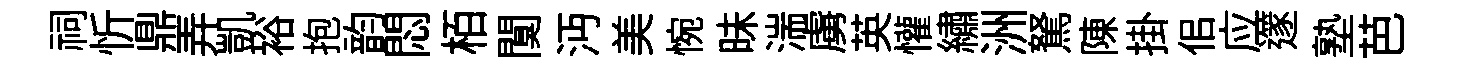
祠忻鼎弄凱裕抱韵悶栢闃沔美惋昧湍虜英懽繡洲駑陳掛佀应𨗹塾芭